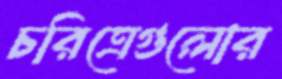
চরিত্রেগুলোর